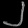
Digit: ၂